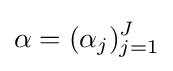
\alpha =(\alpha _{j})_{j=1}^{J}